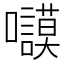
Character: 𱕬